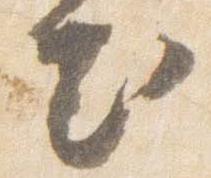
出